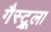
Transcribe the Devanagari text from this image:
गैस्ट्रूला